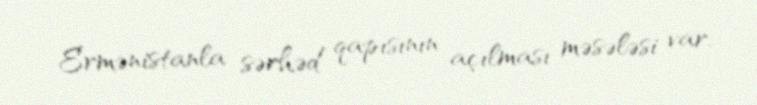
Ermənistanla sərhəd qapısının açılması məsələsi var.